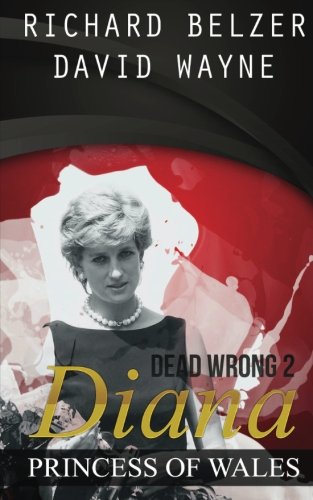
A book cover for Dead Wrong 2: Diana, Princess of Wales; Richard Belzer; Biographies & Memoirs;